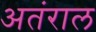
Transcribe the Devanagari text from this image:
अतंराल